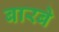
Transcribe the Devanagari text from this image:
बारबे